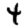
Digit: 4